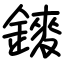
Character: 䥑